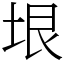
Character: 垠